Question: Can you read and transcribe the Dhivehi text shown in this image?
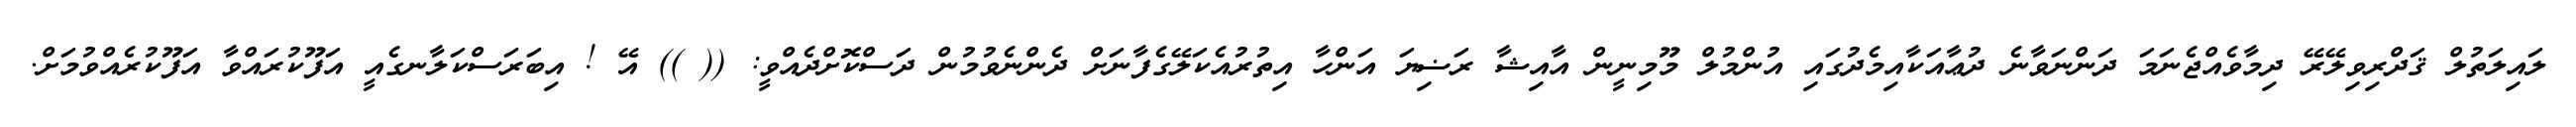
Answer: ލައިލަތުލް ޤަދްރިވިލޭރޭ ދިމާވެއްޖެނަމަ ދަންނަވާނެ ދުޢާއަކާއިމެދުގައި އުންމުލް މޫމިނީން އާއިޝާ ރަޟިޔަ އަންހާ އިތުރުއެކަލޭގެފާނަށް ދެންނެވުމުން ދަސްކޮށްދެއްވީ: (( )) އޭ ! އިބަރަސްކަލާނގެއީ އަފޫކުރައްވާ އަފޫކުރެއްވުމަށް.